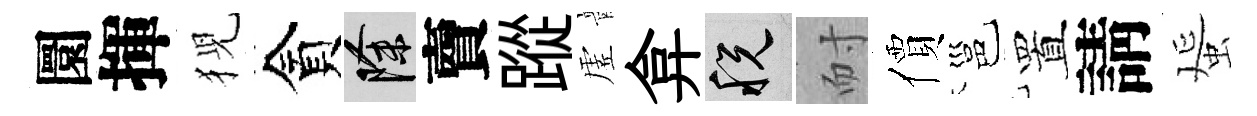
圜揮猊貪除𧶠蹤虗弇税耐價邕置請蜑